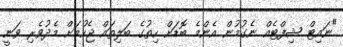
"ނައިޓް ޝިފްޓެއް ނެގުމުން އެންމެ ބޮޑަށް ހިތުގެ ބަލިތައް ޖެހުމަށް މެދުވެރި ވަނީ